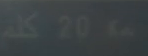
كلمة٢٠٦